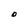
Character: O